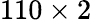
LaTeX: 110\times 2